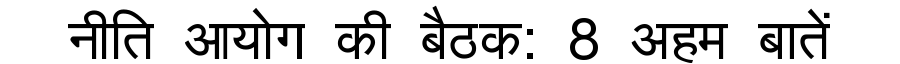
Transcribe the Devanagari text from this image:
नीति आयोग की बैठक: 8 अहम बातें